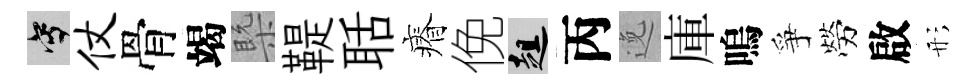
寫仗骨竭槩鞮聒瘠俛趄丙𨓜庫嗚爭勞啟形